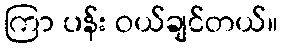
ကြာ ပန်း ဝယ်ချင်တယ်။